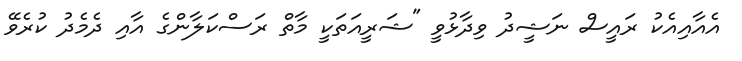
އެއާއިއެކު ރައީސް ނަޝީދު ވިދާޅުވީ "ޝަރީއަތަކީ މާތް ރަސްކަލާންގެ އާއި ދެމެދު ކުރެވޭ